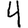
Digit: 4